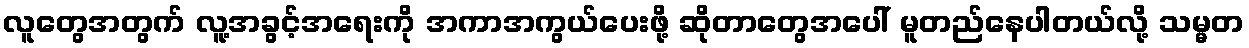
လူတွေအတွက် လူ့အခွင့်အရေးကို အကာအကွယ်ပေးဖို့ ဆိုတာတွေအပေါ် မူတည်နေပါတယ်လို့ သမ္မတ